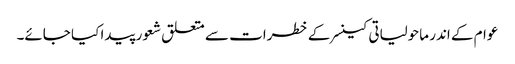
عوام کے اندر ماحولیاتی کینسر کے خطرات سے متعلق شعور پیدا کیا جائے۔